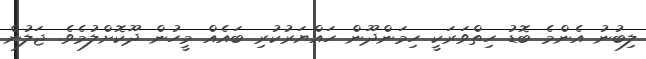
ލިބުނު އެންމެ ބޮޑު ހިތްވަރަކީ ހިމަންދޫން ހައްޔަރުކުރި ބައެއް މީހުން ދޫކޮށްލުމެވެ. ޖަލުން